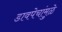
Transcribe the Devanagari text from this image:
डावपेचांमुळे